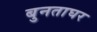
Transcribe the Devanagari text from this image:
बुनताघर